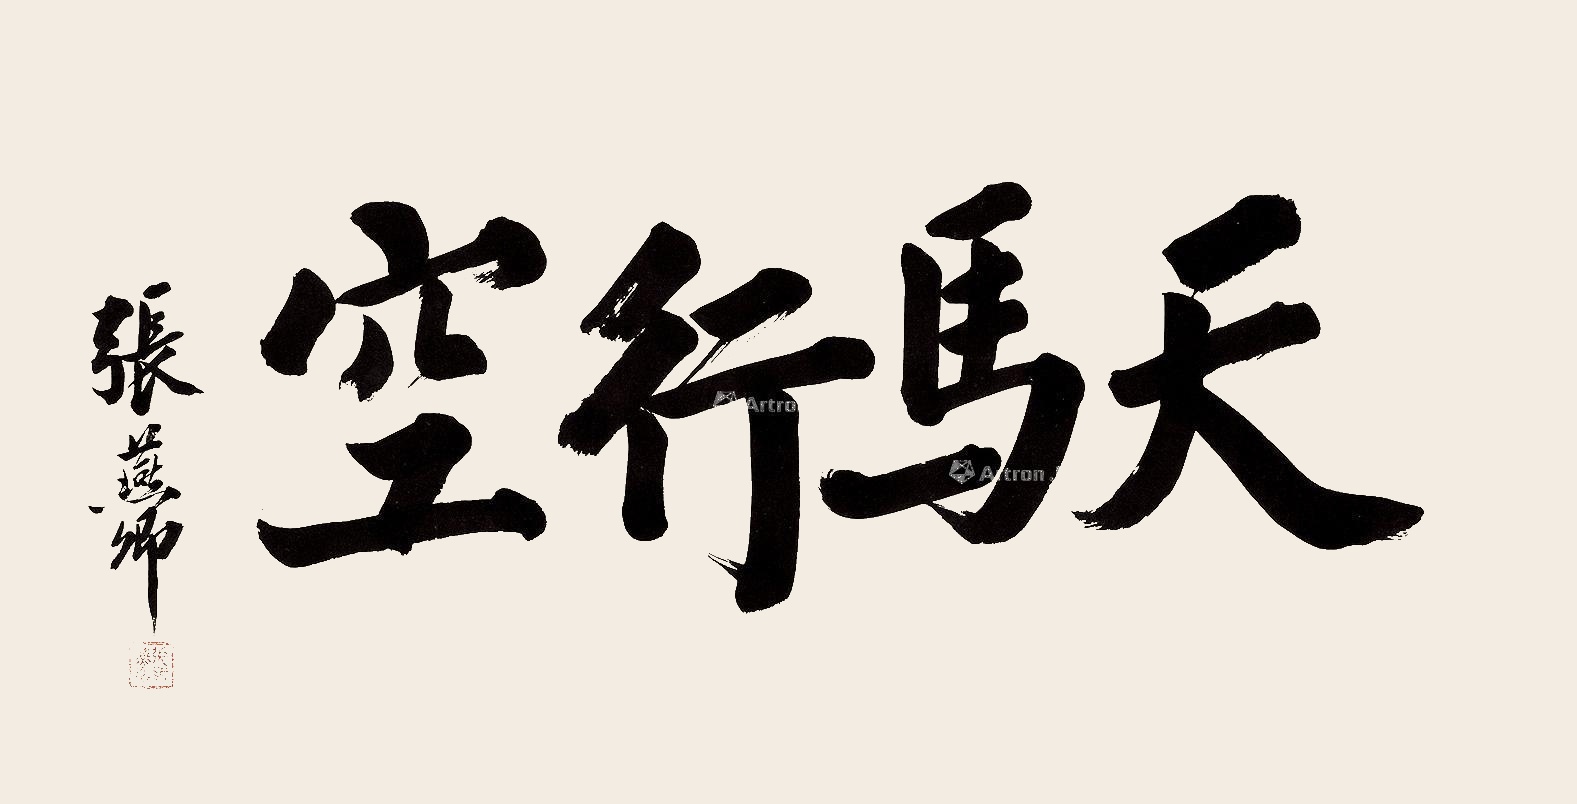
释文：天马行空张燕卿。